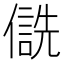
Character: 𪝮